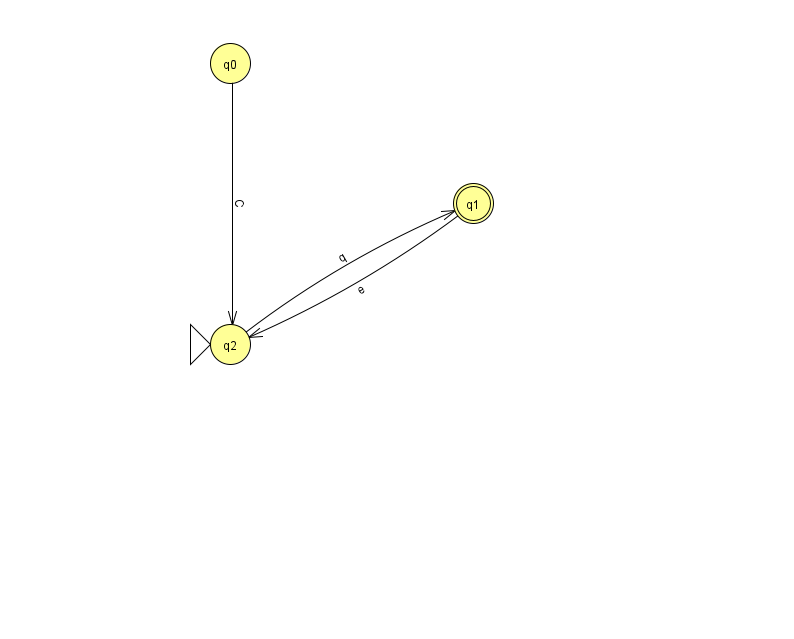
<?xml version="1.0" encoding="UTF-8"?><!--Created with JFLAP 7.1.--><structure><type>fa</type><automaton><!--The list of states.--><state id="0" name="q0"><x>230.0</x><y>50.0</y></state><state id="1" name="q1"><x>473.0</x><y>190.0</y><final/></state><state id="2" name="q2"><x>230.0</x><y>331.0</y><initial/></state><!--The list of transitions.--><transition><from>0</from><to>2</to><read>C</read></transition><transition><from>1</from><to>2</to><read>e</read></transition><transition><from>2</from><to>1</to><read>q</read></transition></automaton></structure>